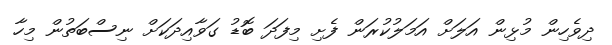
ދިވެހިން މުޅިން އަލަށް އަމަލުކުރަން ފެށި މިފަދަ ބޮޑު ގަވާއިދަކަށް ނިސްބަތުން މިހާ